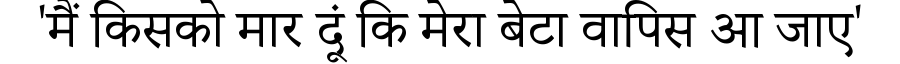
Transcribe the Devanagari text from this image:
'मैं किसको मार दूं कि मेरा बेटा वापिस आ जाए'